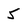
Character: 5